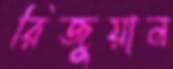
রিজুয়ান